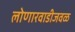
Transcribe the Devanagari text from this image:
लोणारवाडीजवळ